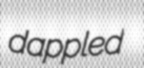
dappled